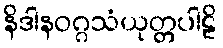
နိဒါနဝဂ္ဂသံယုတ္တပါဠိ